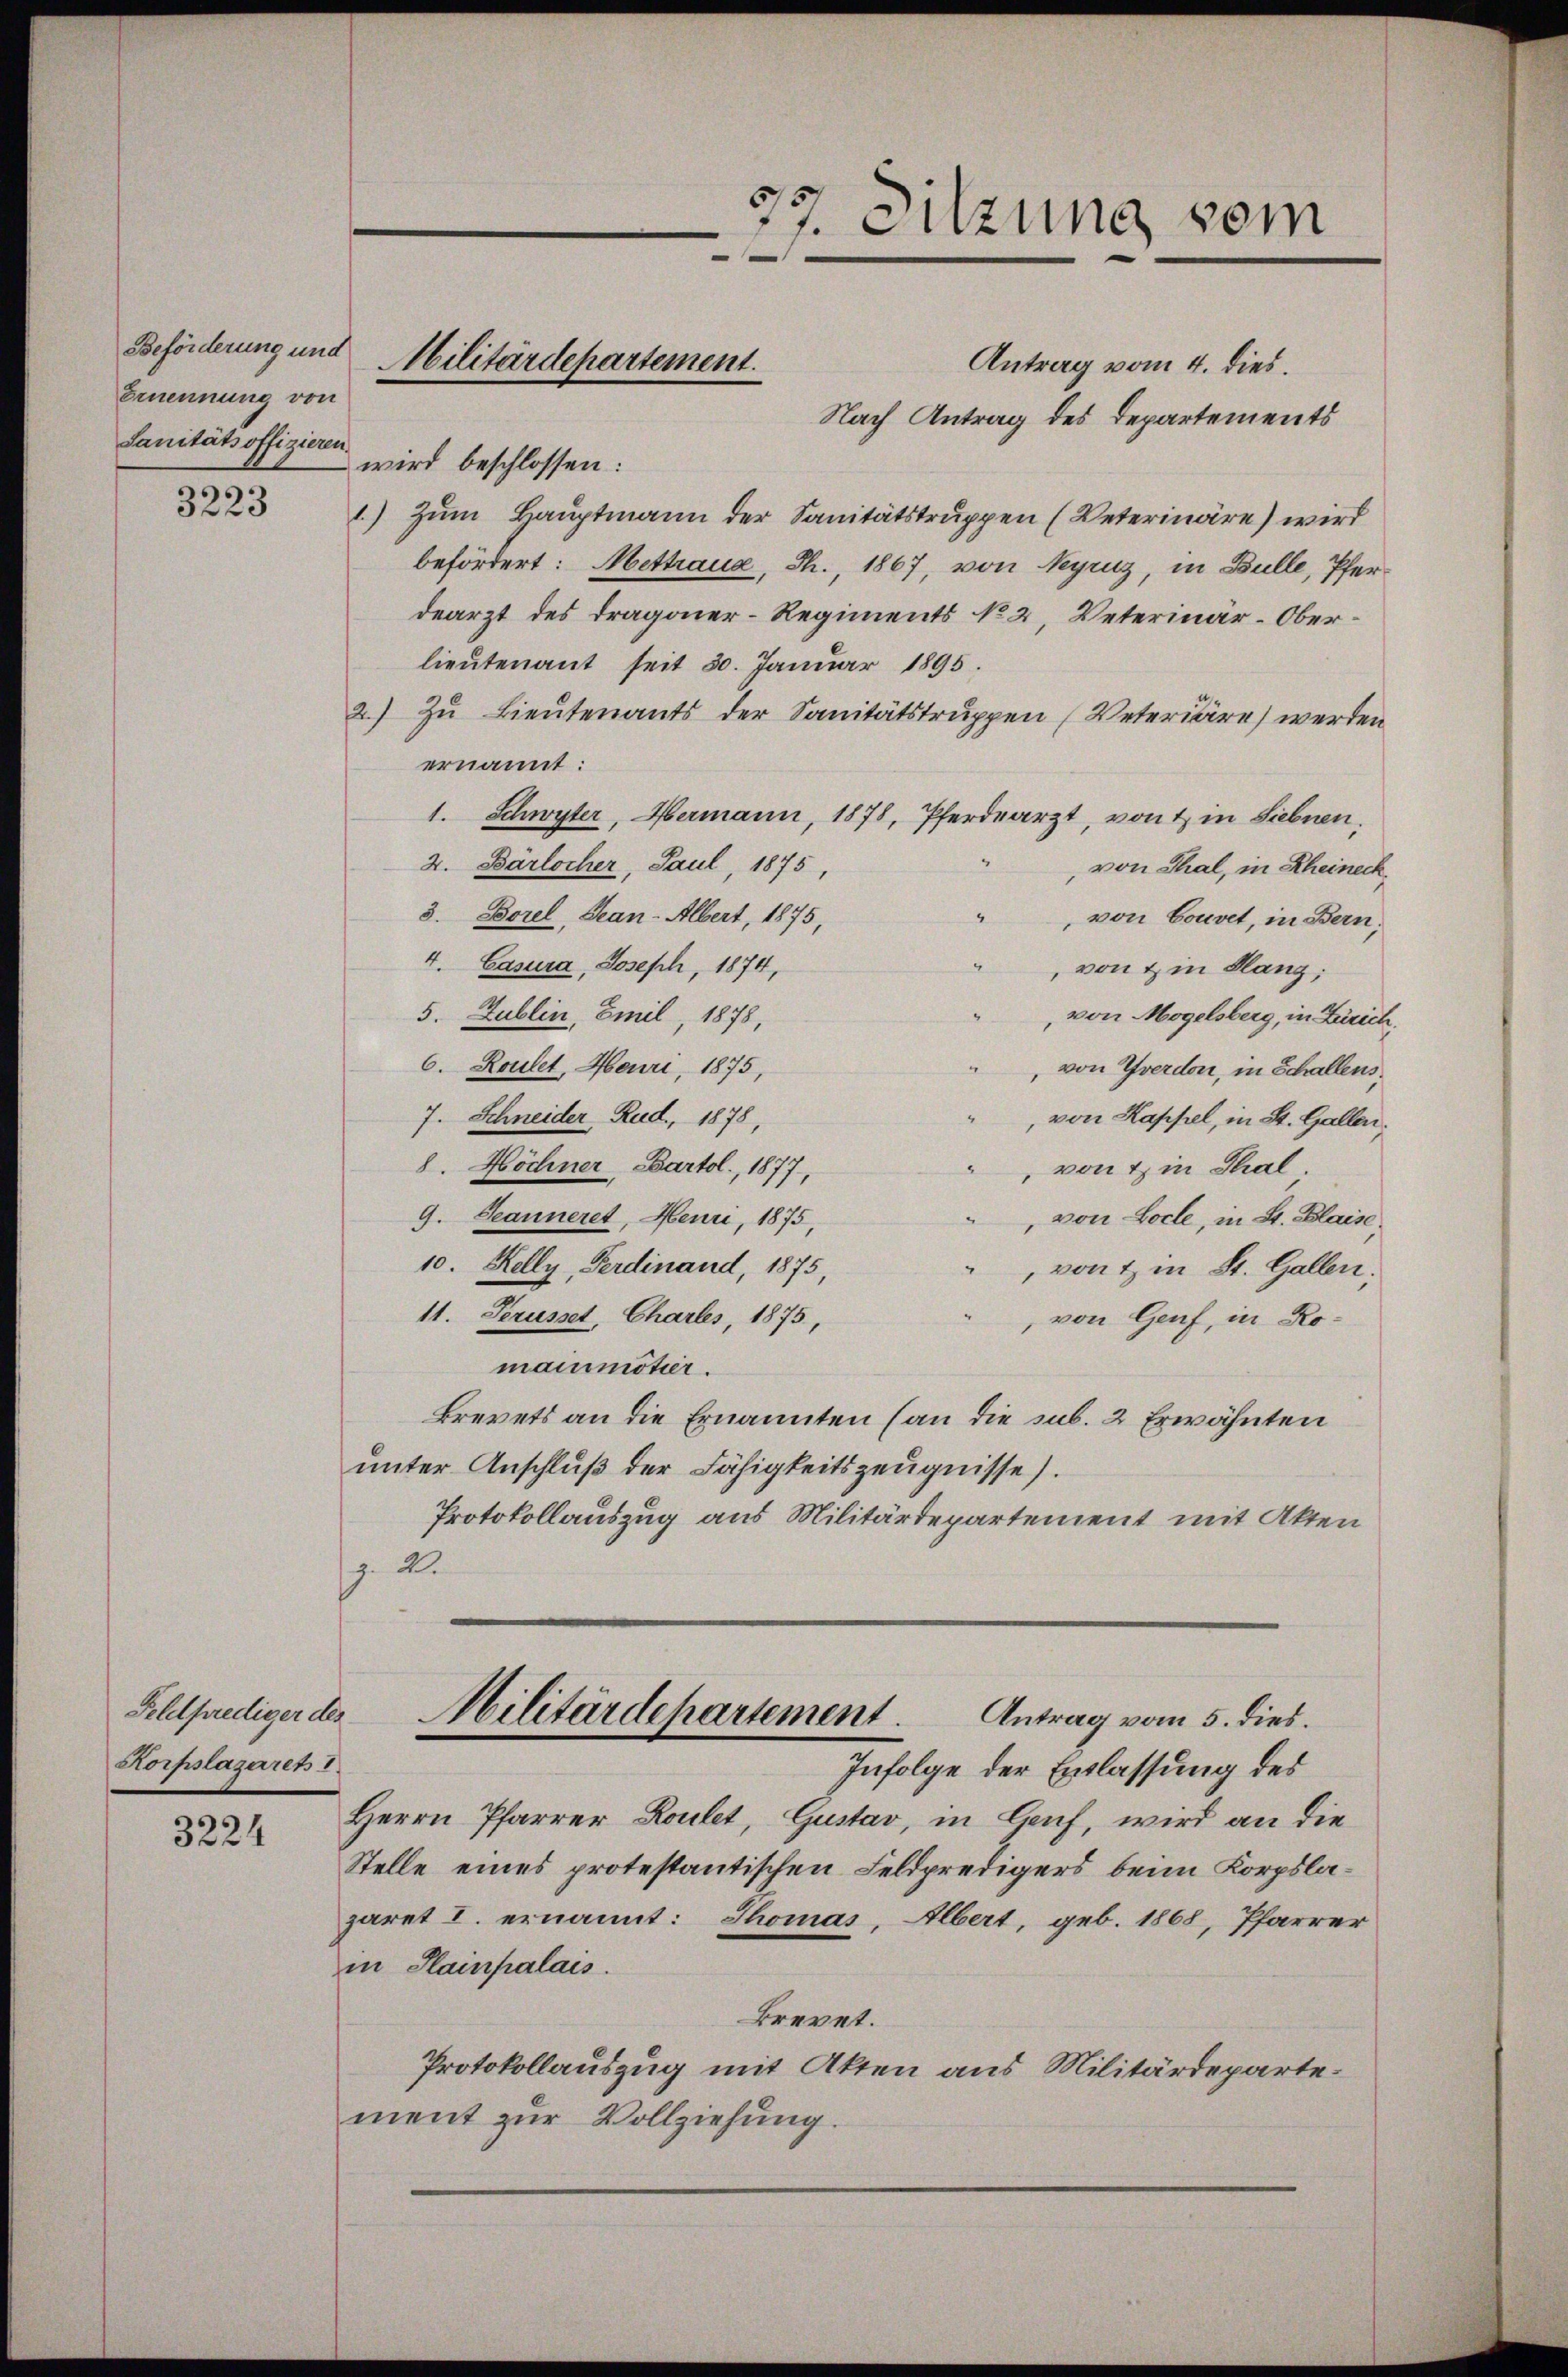
Beförderung und
Ernennung von
Sanitätsoffizieren wird beschlossen:

3223

Korpslazarets I

3224

Antrag vom 4. dies.
Nach Antrag des Departements
1) Zum Hauptmann der Sanitätstruppen (Veterinäre) wird
befördert: Mettraue, Th., 1867, von Neyruz, in Bulle, Pferdearzt des Tragoner-Regiments No 2, Veterinär-Oberlieutenant seit 30. Januar 1895.
2.) Zu Lieutenants der Sanitätstruppen (Veteriare) werden
ernannt:
1. Schwyter, Hermann, 1878, Pferdearzt, von & in Siebnen.
2. Bärlocher, Paul, 1875,
von Thal, in Rheineck
3. Borel, Gean-Albert, 1875,
", von Couvet, in Bern,
4. Casura, Joseph, 1874,
 von & in Lang;
5. Zublin, Emil, 1878,
von Mogelsberg, in Zürich,
6. Roulet, Heuri, 1875,
 von Yverdon, in Schallens
7. Schneider Rud., 1878,
" von Kappel, in St. Gallen,
8. Höchner, Bartol., 1877,
 von ein Thal.
9. Seanneret, Meuri, 1875,
" von Loche, in St. Blaise
10. Kelly, Ferdinand, 1875,
 von 4 in St. Gallen;
11. Ferusset, Chartes, 1875,
 von Genf, in Romainmötier.
Brevets an die Ernannten (an die sub. 2 Erwähnten
unter Anschluß der Fähigkeitszeugnisse).
Protokollauszug aus Militärdepartement mit Akten
.2.
Feldprediger der Militärdepartement. Antrag vom 5. dies.
Infolge der Entlassung des
Herrn Pfarrer Roulet, Gustav, in Genf, wird an die
Stelle eines protestantischen Feldpredigers beim Korpslazaret I. ernannt: Thomas, Albert, geb. 1868, Pfarrer
in Hainpalais.
Brevet.
Protokollauszug mit Akten aus Militärdeparte.
ment zur Vollziehung.

Militärdepartement.

77. Sitzung vom